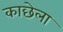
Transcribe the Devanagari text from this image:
काछेला